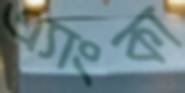
এ্যাংকা